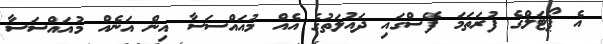
އެ ޕޯޓަލްގެ ފުރަތަމަ ފޭސްގައި ދައުލަތުގެ އެއް މުއައްސަސާ އިން އަނެއް މުއައްސަސާ